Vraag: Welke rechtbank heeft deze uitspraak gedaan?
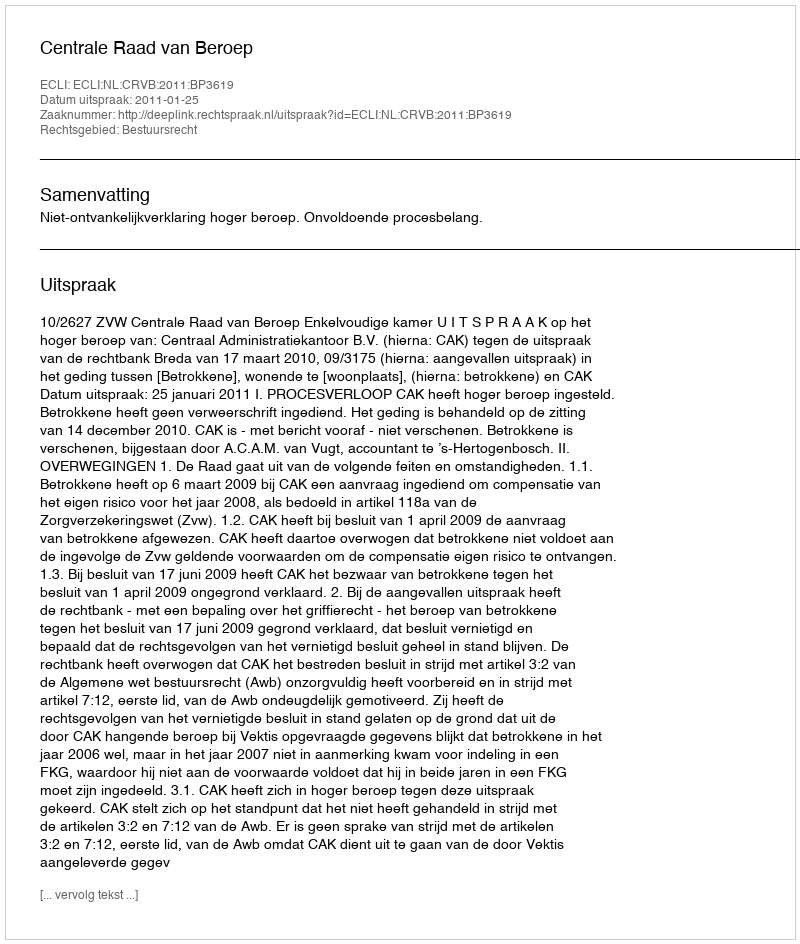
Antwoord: Centrale Raad van Beroep